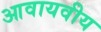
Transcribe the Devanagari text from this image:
आवायवीय